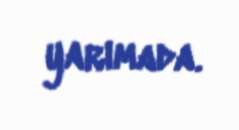
yarımada.